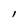
Character: l